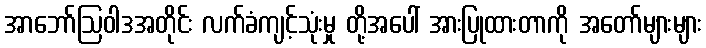
အာဘော်ဩဝါဒအတိုင်း လက်ခံကျင့်သုံးမှု တို့အပေါ် အားပြုထားတာကို အတော်များများ